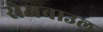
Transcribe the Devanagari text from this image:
रोजबाउल